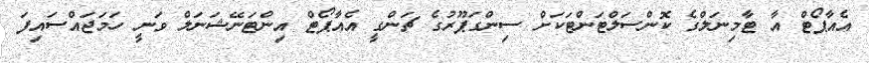
އެއާޕޯޓް އާ ޓާމިނަލްގެ ކޮންސަލްޓަންޓަކަށް ސިންގަޕޫރުގެ ޗަންގީ އެއާޕޯޓް އިންޓަނޭޝަނަލް ވަނީ ހަމަޖައްސައިފަ